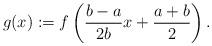
LaTeX: \begin{align*}g(x) := f\left(\frac{b-a}{2b} x + \frac{a+b}{2}\right). \end{align*}